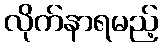
လိုက်နာရမည့်